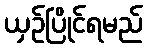
ယှဉ်ပြိုင်ရမည်